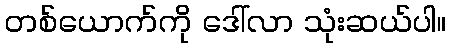
တစ်ယောက်ကို ဒေါ်လာ သုံးဆယ်ပါ။